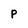
Character: p